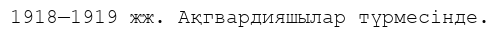
1918—1919 жж. Ақгвардияшылар түрмесінде.